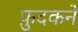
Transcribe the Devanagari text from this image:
फ़ुदकने